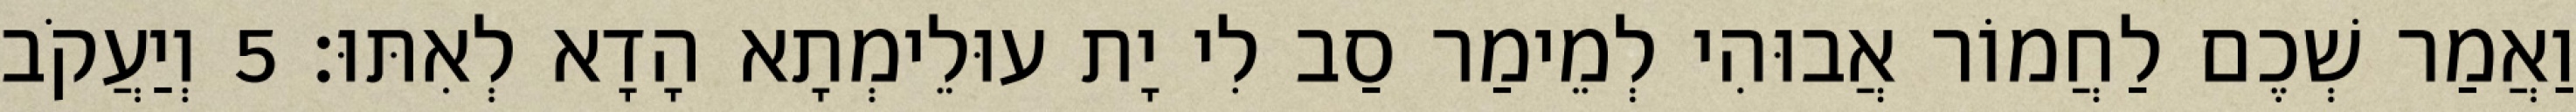
וַאֲמַר שְׁכֶם לַחֲמוֹר אֲבוּהִי לְמֵימַר סַב לִי יָת עוּלֵימְתָא הָדָא לְאִתּוּ׃ 5 וְיַעֲקֹב